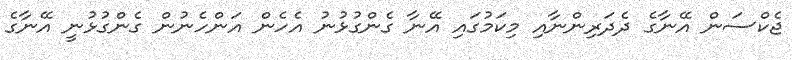
ޖެކްސަން އޭނާގެ ދެދަރިންނާއި މިކަމުގައި އޭނާ ގެންގުޅުނު އެހެން އަންހެނުން ގެންގުޅުނީ އޭނާގެ